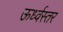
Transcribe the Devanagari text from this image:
ऊर्ध्वस्तर